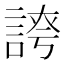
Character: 𧩊